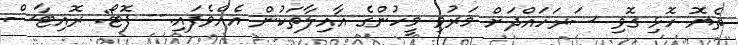
ތެޔޮ ހޮޅި ގޮވި ސަރަހައްދަށް މަރުވި މީހުންގެ އާއިލާތަކުން އެއްވެފައި.-- ފޮޓޯ: ރޮއިޓާސް